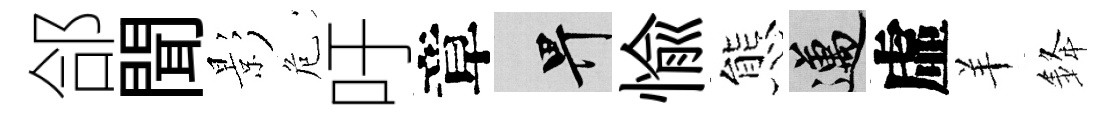
郃聞影危吁章畀愉態邁虛羊𨦟